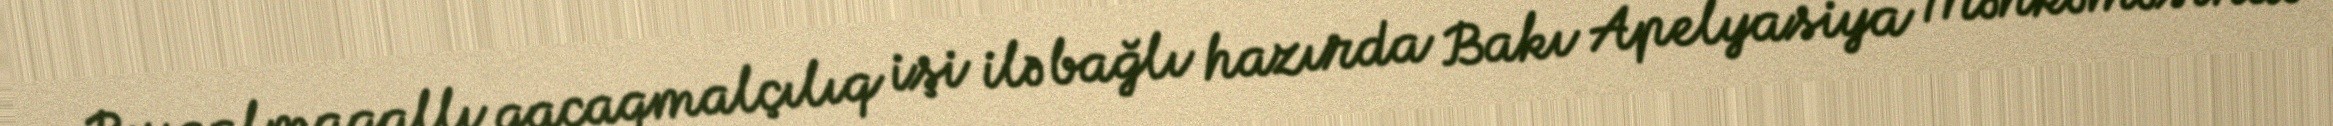
Bu qalmaqallı qaçaqmalçılıq işi ilə bağlı hazırda Bakı Apelyasiya Məhkəməsində